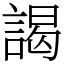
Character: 謁